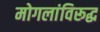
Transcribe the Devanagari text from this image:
मोगलांविरूद्ध